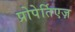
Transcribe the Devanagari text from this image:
प्रोपेर्तिएज़